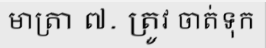
មាត្រា ៧. ត្រូវ ចាត់ទុក